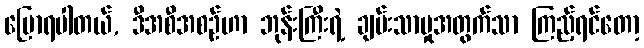
ပြောရပါတယ်, ဒီအစီအစဉ်ဟာ ဘုန်းကြီးရဲ့ ချမ်းသာမှုအတွက်သာ ကြည့်ရင်တော့